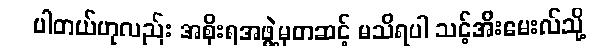
ပါတယ်ဟုလည်း အစိုးရအဖွဲ့မှတဆင့် မသိရပါ သင့်အီးမေးလ်သို့